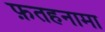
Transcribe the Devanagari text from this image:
फ़तहनामा